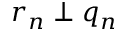
r _ { n } \perp q _ { n }